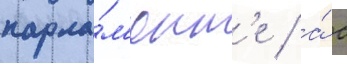
парла́м'ент'е / а́ с